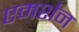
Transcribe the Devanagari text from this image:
एमर्शन